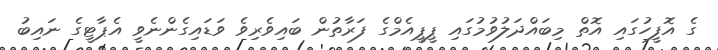
ގެ އޮފީހުގައި އޮތް މިބައްދަލުވުމުގައި ޕީޕީއެމްގެ ފަރާތުން ބައިވެރިވެ ވަޑައިގެންނެވީ އެޕާޓީގެ ނައިބު